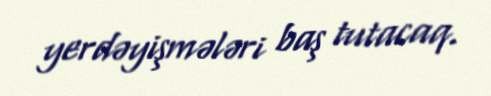
yerdəyişmələri baş tutacaq.